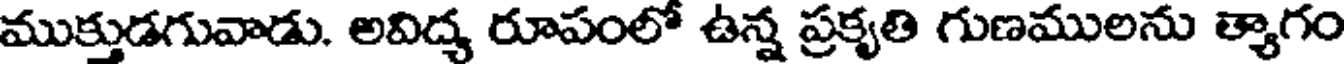
ముక్తుడగువాడు. అవిద్య రూపంలో ఉన్న ప్రకృతి గుణములను త్యాగం